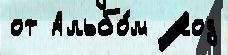
от Альбо́м  код